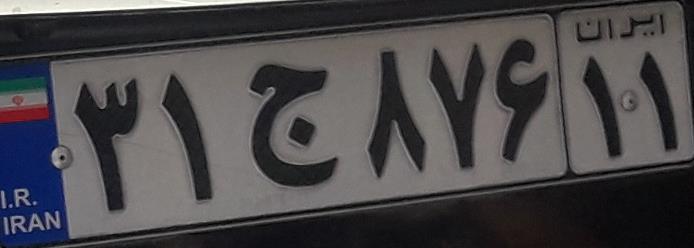
۳۱ج۸۷۶۱۱